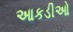
આકડીઓ